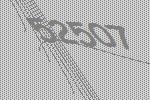
52507